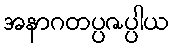
အနာဂတပ္ပဇပ္ပါယ